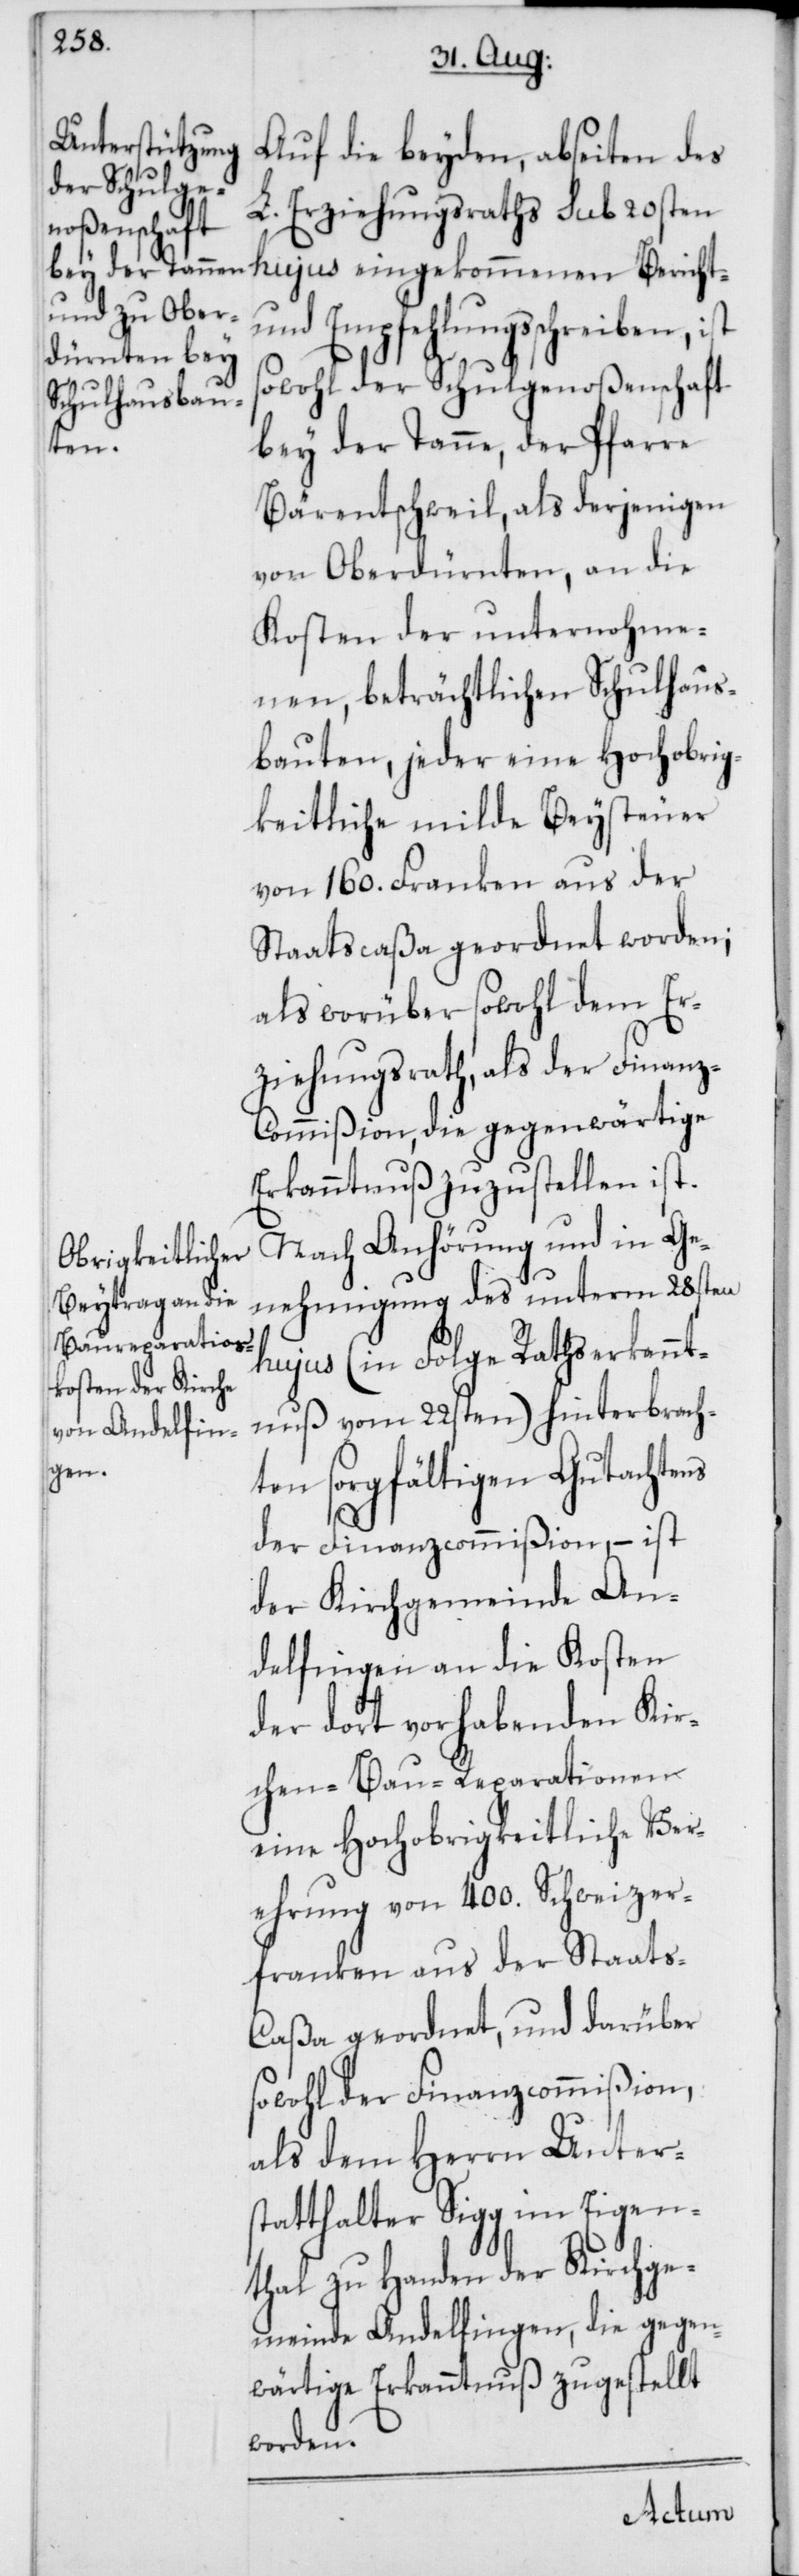
Auf die beyden, abseiten des
L. Erziehungsraths sub 20sten
hujus eingekommenen Bericht-
und Empfehlungsschreiben, ist
sowohl der Schulgenoßenschaft
bey der Tanne, der Pfarre
Bäretschweil; als derjenigen
von Oberdürnten; an die
Kosten der unternohme¬
nen, beträchtlichen Schulhaus¬
bauten, jeder eine Hochobrig¬
keitliche milde Beysteuer
von 160. Franken aus der
Staatscaßa geordnet worden;
als worüber sowohl dem Er¬
ziehungsrath als der Finan¬
z-Commißion, die gegenwärtige
Erkanntnuß zuzustellen ist.
Nach Anhörung und in Ge¬
nehmigung des unterm 28sten
hujus (in Folge Rathserkannt¬
nuß vom 22sten) hinterbrach¬
ten sorgfältigen Gutachtens
der Finanzcommißion, – ist
der Kirchgemeinde An¬
delfingen an die Kosten
der dort vorhabenden Kir¬
chen-Bau-Reparationen
eine Hochobrigkeitliche Ver¬
ehrung von 400. Schweizer¬
franken aus der Staats-C¬
aßa geordnet, und darüber
sowohl der Finanzcommißion,
als dem Herrn Unter¬
statthalter Sigg im Eigen¬
thal zu Handen der Kirchge¬
meinde Andelfingen, die gegen¬
wärtige Erkanntnuß zugestellt
worden.